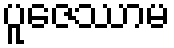
ပူဇေဿာမ